画像に写った文字を読んでください
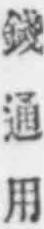
「錢通用」と書いてあります